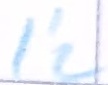
Text: I'2